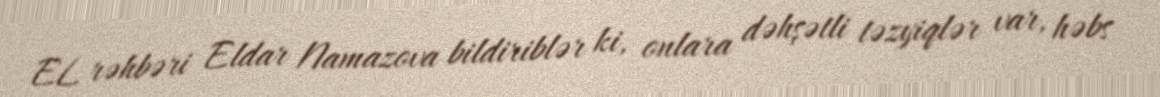
EL rəhbəri Eldar Namazova bildiriblər ki, onlara dəhşətli təzyiqlər var, həbs